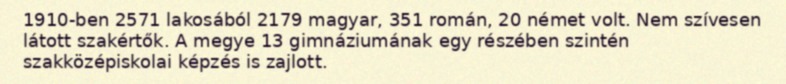
1910-ben 2571 lakosából 2179 magyar, 351 román, 20 német volt. Nem szívesen látott szakértők. A megye 13 gimnáziumának egy részében szintén szakközépiskolai képzés is zajlott.